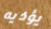
يؤذيه